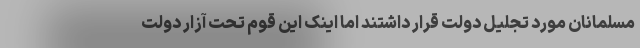
مسلمانان مورد تجلیل دولت قرار داشتند اما اینک این قوم تحت آزار دولت